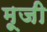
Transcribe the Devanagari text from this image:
मूजी